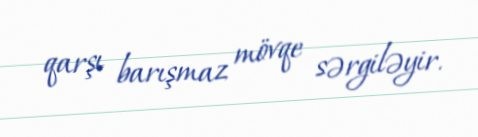
qarşı barışmaz mövqe sərgiləyir.